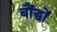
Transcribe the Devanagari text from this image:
बौंद्धों